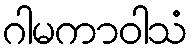
ဂါမကာဝါသံ